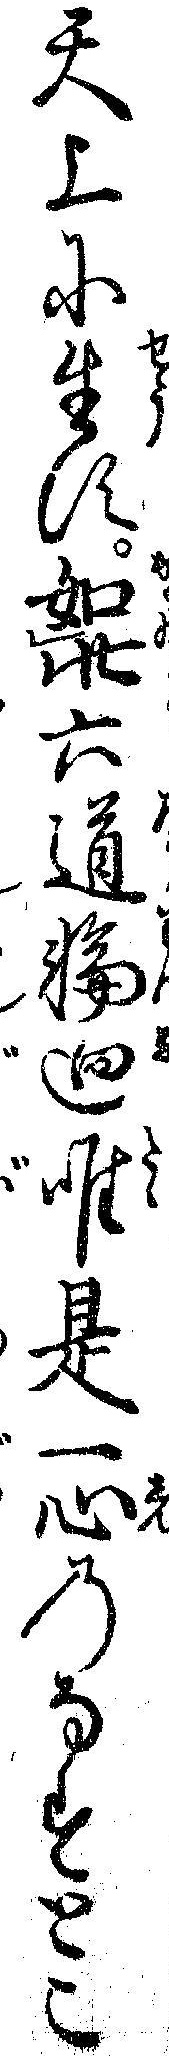
天上に生す如此六道輪廻唯是一心のなすとこ